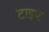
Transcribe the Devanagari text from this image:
टाइप्ड